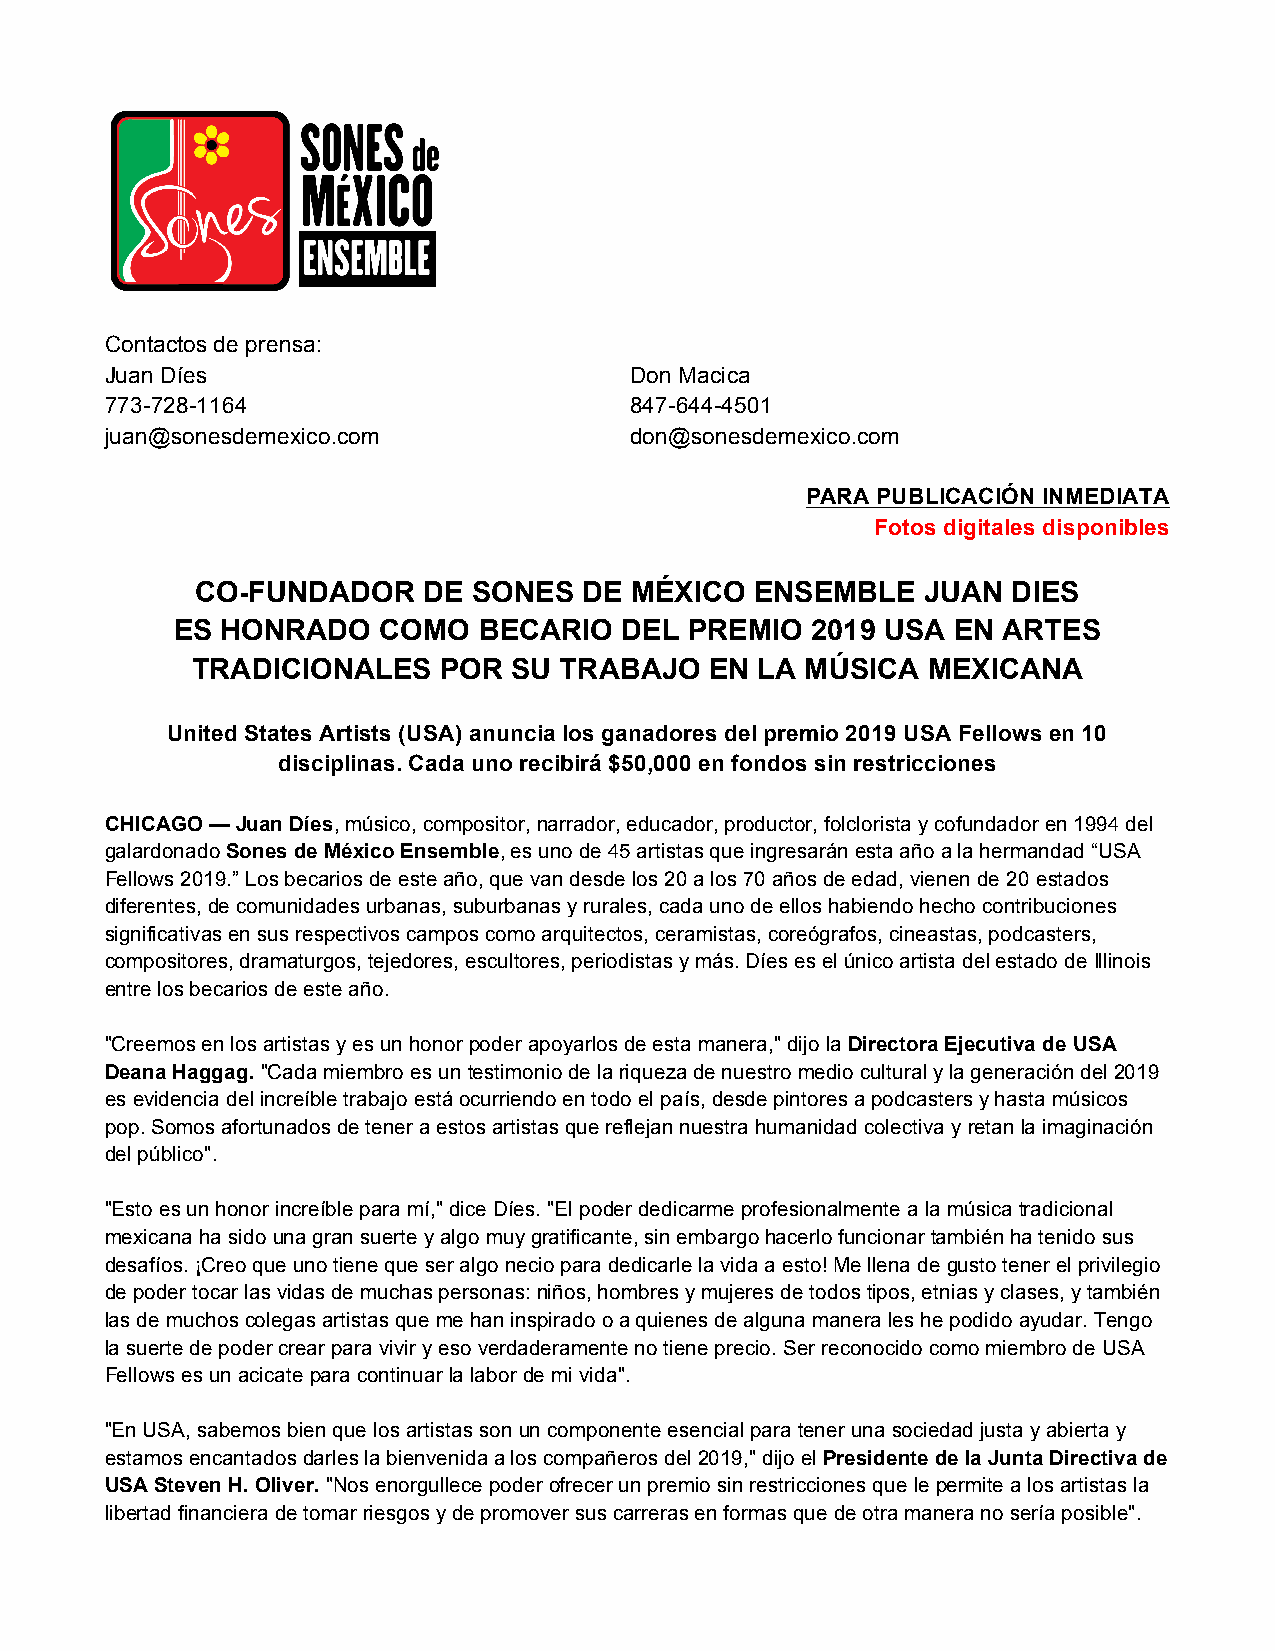
Contactos de prensa:
 Juan Díes                          Don Macica
 773-728-1164                       847-644-4501
 juan@sonesdemexico.com             don@sonesdemexico.com
 PARA PUBLICACIÓN INMEDIATA
 Fotos digitales disponibles
 CO-FUNDADOR    DE SONES   DE MÉXICO  ENSEMBLE   JUAN  DIES
 ES HONRADO   COMO   BECARIO  DEL  PREMIO  2019 USA EN ARTES
 TRADICIONALES   POR  SU TRABAJO   EN LA MÚSICA  MEXICANA
 United States Artists (USA) anuncia los ganadores del premio 2019 USA Fellows en 10
 disciplinas. Cada uno recibirá $50,000 en fondos sin restricciones
 CHICAGO — Juan Díes, músico, compositor, narrador, educador, productor, folclorista y cofundador en 1994 del
 galardonado Sones de México Ensemble, es uno de 45 artistas que ingresarán esta año a la hermandad “USA
 Fellows 2019.” Los becarios de este año, que van desde los 20 a los 70 años de edad, vienen de 20 estados
 diferentes, de comunidades urbanas, suburbanas y rurales, cada uno de ellos habiendo hecho contribuciones
 significativas en sus respectivos campos como arquitectos, ceramistas, coreógrafos, cineastas, podcasters,
 compositores, dramaturgos, tejedores, escultores, periodistas y más. Díes es el único artista del estado de Illinois
 entre los becarios de este año.
 "Creemos en los artistas y es un honor poder apoyarlos de esta manera," dijo la Directora Ejecutiva de USA
 Deana Haggag. "Cada miembro es un testimonio de la riqueza de nuestro medio cultural y la generación del 2019
 es evidencia del increíble trabajo está ocurriendo en todo el país, desde pintores a podcasters y hasta músicos
 pop. Somos afortunados de tener a estos artistas que reflejan nuestra humanidad colectiva y retan la imaginación
 del público".
 "Esto es un honor increíble para mí," dice Díes. "El poder dedicarme profesionalmente a la música tradicional
 mexicana ha sido una gran suerte y algo muy gratificante, sin embargo hacerlo funcionar también ha tenido sus
 desafíos. ¡Creo que uno tiene que ser algo necio para dedicarle la vida a esto! Me llena de gusto tener el privilegio
 de poder tocar las vidas de muchas personas: niños, hombres y mujeres de todos tipos, etnias y clases, y también
 las de muchos colegas artistas que me han inspirado o a quienes de alguna manera les he podido ayudar. Tengo
 la suerte de poder crear para vivir y eso verdaderamente no tiene precio. Ser reconocido como miembro de USA
 Fellows es un acicate para continuar la labor de mi vida".
 "En USA, sabemos bien que los artistas son un componente esencial para tener una sociedad justa y abierta y
 estamos encantados darles la bienvenida a los compañeros del 2019," dijo el Presidente de la Junta Directiva de
 USA Steven H. Oliver. "Nos enorgullece poder ofrecer un premio sin restricciones que le permite a los artistas la
 libertad financiera de tomar riesgos y de promover sus carreras en formas que de otra manera no sería posible".